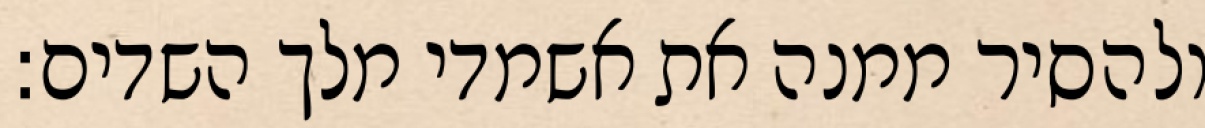
ולהסיר ממנה את אשמדי מלך השדים: